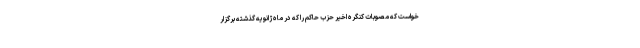
خواست که مصوبات کنگره اخیر حزب حاکم را که در ماه ژانویه گذشته برگزار